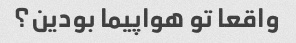
واقعا تو هواپیما بودین؟